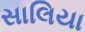
સાલિયા